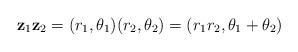
LaTeX: \begin{align*} \mathbf{z}_1\mathbf{z}_2=(r_1,\theta _1)(r_2,\theta _2)=(r_1r_2,\theta _1+\theta _2) \end{align*}